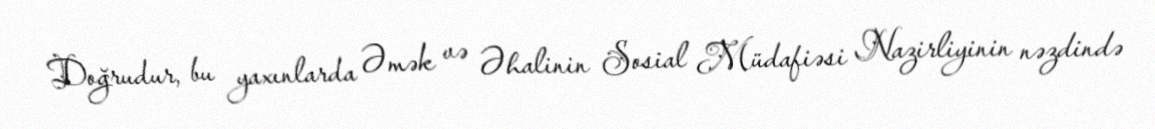
Doğrudur, bu yaxınlarda Əmək və Əhalinin Sosial Müdafiəsi Nazirliyinin nəzdində